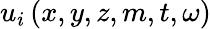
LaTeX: u_{i}\left(x,y,z,m,t,\omega\right)